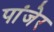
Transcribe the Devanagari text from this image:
पांजेर